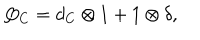
Q _ { C } = d _ { C } \otimes 1 + 1 \otimes \delta ,